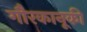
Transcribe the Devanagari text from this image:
गौरकानूकी